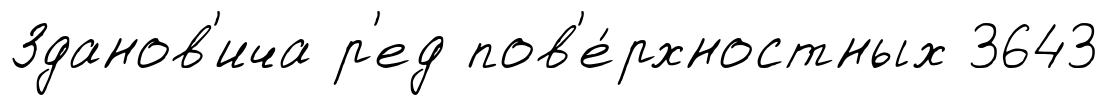
Зданов'ича р'ед пов'е́рхностных 3643